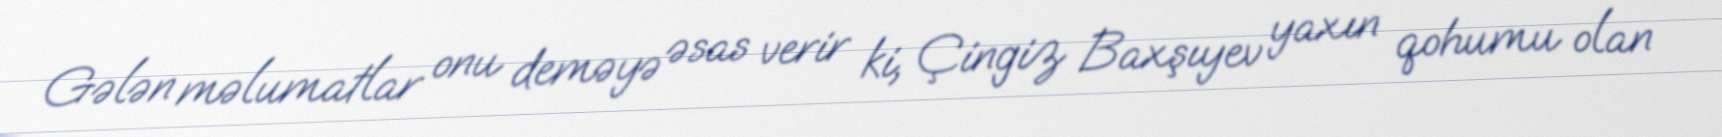
Gələn məlumatlar onu deməyə əsas verir ki, Çingiz Baxşıyev yaxın qohumu olan